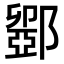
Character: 𮠋